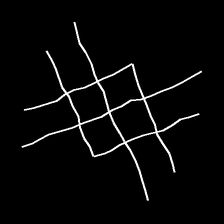
Glyph: crystal